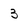
Character: 3